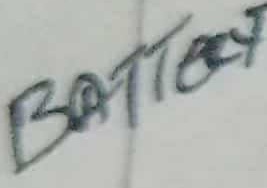
Text: Battery